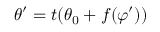
\theta ^ { \prime } = t ( \theta _ { 0 } + f ( \varphi ^ { \prime } ) )